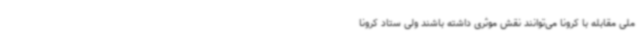
ملی مقابله با کرونا می‌توانند نقش موثری داشته باشند ولی ستاد کرونا